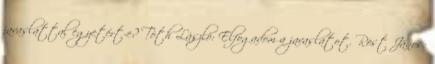
javaslattal egyetért-e? Tóth László: Elfogadom a javaslatot. Röst János: